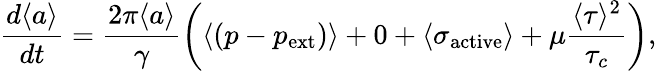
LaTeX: \frac{d\langle a\rangle}{dt}=\frac{2\pi\langle a\rangle}{\gamma}\left(\langle(p-p_{\mathrm{ext}})\rangle+0+\langle\sigma_{\mathrm{active}}\rangle+\mu\frac{\langle\tau\rangle^{2}}{\tau_{c}}\right),